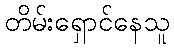
တိမ်းရှောင်နေသူ